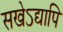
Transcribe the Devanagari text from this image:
सखेऽद्यापि